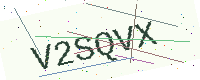
Text: V2SQVX